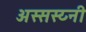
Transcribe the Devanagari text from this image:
अस्सस्य्नी